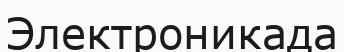
Электроникада